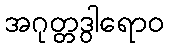
အဂုတ္တဒွါရောဝ